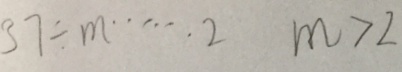
3 7 \div m \cdots 2 m > 2